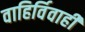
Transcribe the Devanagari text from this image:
वाहिर्विवाही